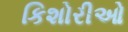
કિશોરીઓ